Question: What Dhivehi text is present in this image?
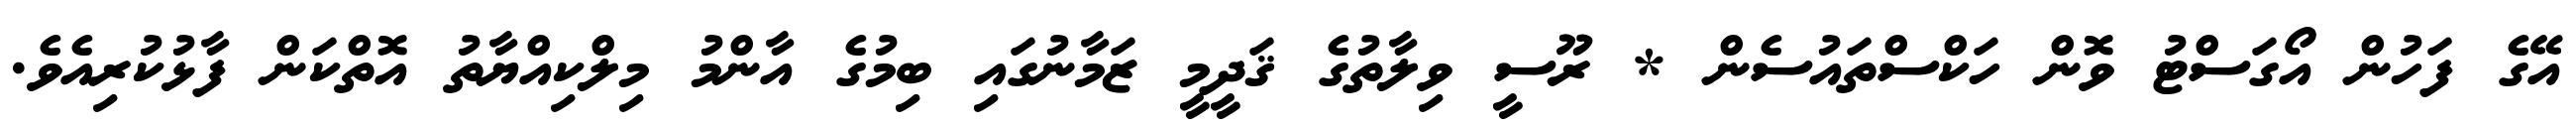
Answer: އޭގެ ފަހުން އޯގަސްޓު ވޮން ހަކްސްތައުސެން * ރޫސީ ވިލާތުގެ ޤަދީމީ ޒަމާނުގައި ބިމުގެ އާންމު މިލްކިއްޔާތު އޮތްކަން ފާޅުކުރިއެވެ.